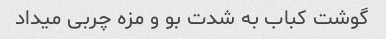
گوشت کباب به شدت بو و مزه چربی میداد